Lunatic asylums Punjab 1895-1910 - 1895-1910
Year: 1895
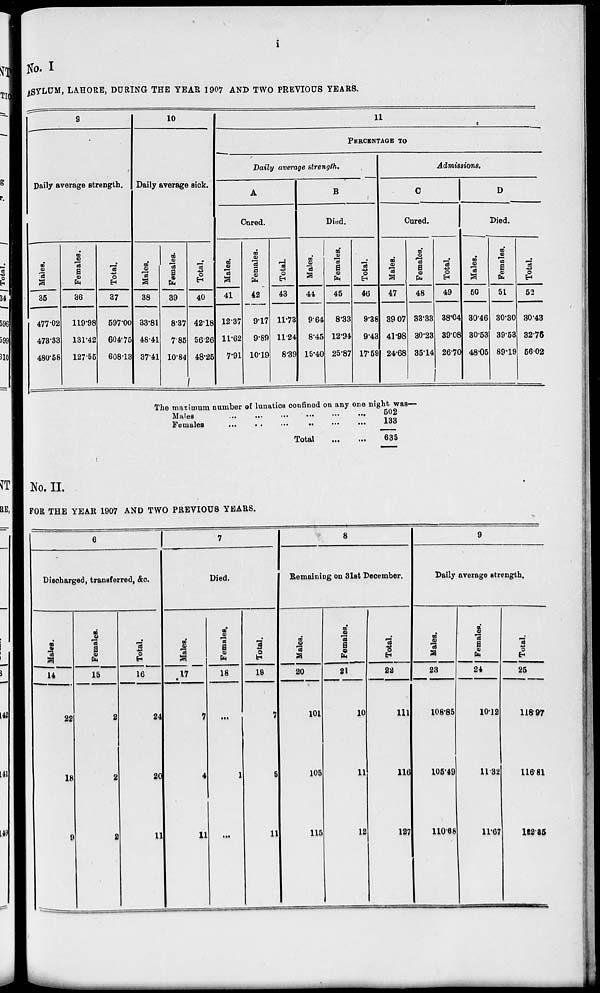
i
No. I
ASYLUM, LAHORE, DURING THE YEAR 1907 AND TWO PREVIOUS YEARS.
9
Daily average strength.
Males.
35
477.02
473.33
480.58
Females.
36
119.98
131.42
127.55
Total.
37
597.00
604.75
608.13
10
Daily average sick.
Males.
38
33.81
48.41
37.41
Females.
39
8.37
7.85
10.84
Total.
40
42.18
56.26
48.25
11
PERCENTAGE TO
Daily average strength.
A
Cured.
Males.
41
12.37
11.62
7.91
Females.
42
9.17
9.89
10.19
Total.
43
11.73
11.24
8.39
B
Died.
Males.
44
9.64
8.45
15.40
Females.
45
8.33
12.94
25.87
Total.
46
9.38
9.43
17.59
Admissions.
C
Cured.
Males.
47
39.07
41.98
24.68
Females.
48
33.33
30.23
35.14
Total.
49
38.04
39.08
26.70
D
Died.
Males.
50
30.46
30.53
48.05
Females.
51
30.30
39.53
89.19
Total.
52
30.43
32.76
56.02
The maximum number of lunatics confined on any one night was—
Males
...
...
...
...
...
...
Females
...
...
...
...
...
...
Total ... ...
502
133
635
No. II.
FOR THE YEAR 1907 AND TWO PREVIOUS YEARS.
6
Discharged, transferred, &c.
Males.
14
22
18
9
Females.
15
2
2
2
Total.
16
24
20
11
7
Died.
Males.
17
7
4
11
Females.
18
...
1
...
Total.
19
7
5
11
8
Remaining on 31st December.
Males.
20
101
105
115
Females.
21
10
11
12
Total.
22
111
116
127
9
Daily average strength.
Males.
23
108.85
105.49
110.68
Females.
24
10.12
11.32
11.67
Total.
25
118.97
116.81
122.35